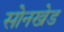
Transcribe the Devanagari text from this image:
सोनखेड